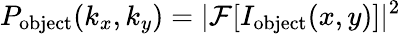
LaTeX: P_{\textrm{object}}(k_{x},k_{y})=\vert\mathcal{F}[I_{\textrm{object}}(x,y)]\vert^{2}